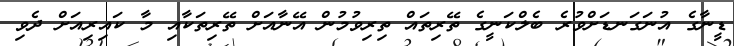
ޑީނާގެ އުނަގަނޑަށްވުރެ ބެލްކަނީގެ ތޭރިތައް ތިރިވުމުން އޭނާއަށް ތޭރިތަކާއި މާ ކައިރިއަށް ދެވި